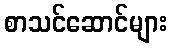
စာသင်ဆောင်များ